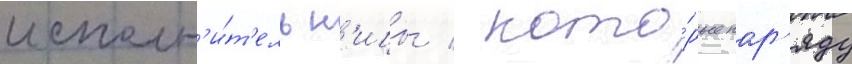
исполн'и́т'ельн'ицы / кото́рые нар'яду